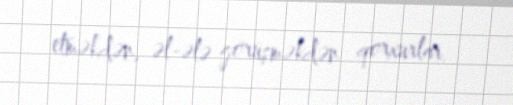
etməkdən, əl-ələ görüşməkdən qorxurlar.